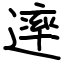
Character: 䢦